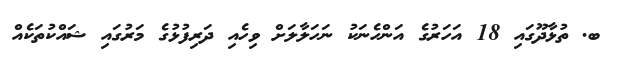
ބ. ތުޅާދޫގައި 18 އަހަރުގެ އަންހެނަކު ނަހަލާލަށް ވިހެއި ދަރިފުޅުގެ މަރުގައި ޝައްކުތަކެއް